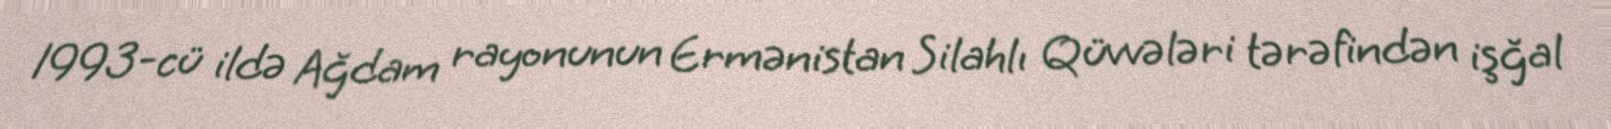
1993-cü ildə Ağdam rayonunun Ermənistan Silahlı Qüvvələri tərəfindən işğal